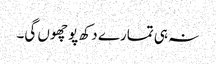
نہ ہی تمارے دکھ پو چھوں گی۔